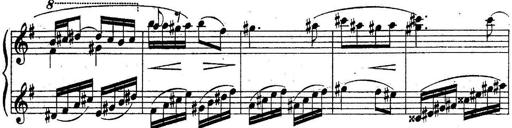
Title: Sonatine
Composer: Adrian Shaposhnikov
Key: E minor